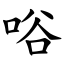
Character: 唂